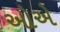
ઓએ